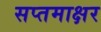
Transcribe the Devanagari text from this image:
सप्तमाक्षर